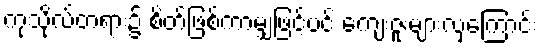
ကုသိုလ်တရား၌ စိတ်ဖြစ်ကာမျှဖြင့်ပင် ကျေးဇူးများလှကြောင်း